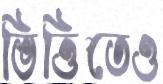
ভিত্তিতেও